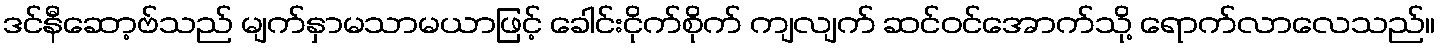
ဒင်နီဆော့ဗ်သည် မျက်နှာမသာမယာဖြင့် ခေါင်းငိုက်စိုက် ကျလျက် ဆင်ဝင်အောက်သို့ ရောက်လာလေသည်။